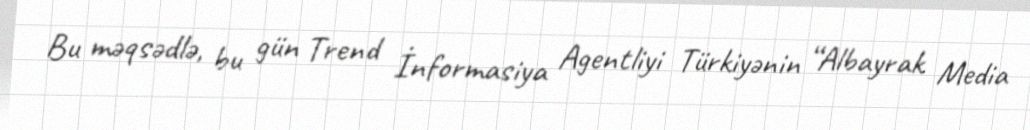
Bu məqsədlə, bu gün Trend İnformasiya Agentliyi Türkiyənin “Albayrak Media